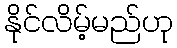
နိုင်လိမ့်မည်ဟု